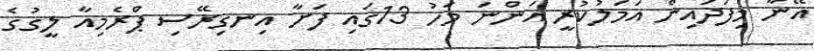
އޭނާ މިފަދައިން އަމަލުކުރީ އަންނަ މަހު 13ގައި ފަށާ އިނގިރޭސި ޕްރެމިއާ ލީގުގެ